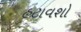
હટાવશો